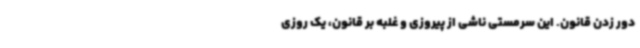
دور زدن قانون. این سرمستی ناشی از پیروزی و غلبه بر قانون، یک روزی